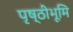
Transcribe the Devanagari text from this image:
पृष्ठीभूमि